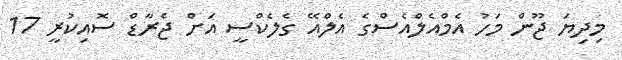
މިދިޔަ ޖޫން މަހު އެމްއެލްއެސްގެ އެލްއޭ ގެެލެކްސީ އަށް ޖެރާޑް ސޮއިކުރީ 17